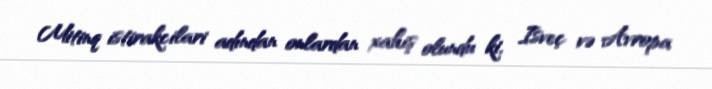
Mitinq istirakcilari adından onlardan xahiş olundu ki, Isveç və Avropa